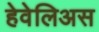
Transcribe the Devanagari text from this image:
हेवेलिअस